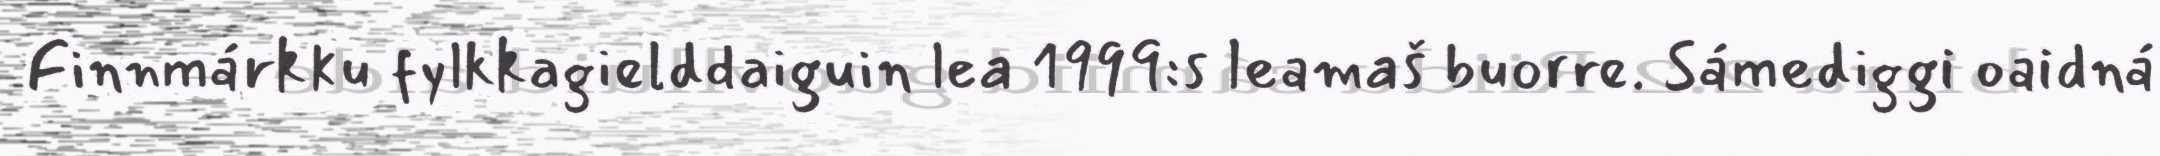
Finnmárkku fylkkagielddaiguin lea 1999:s leamaš buorre. Sámediggi oaidná